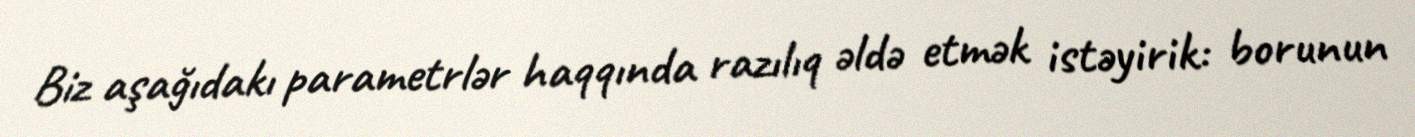
Biz aşağıdakı parametrlər haqqında razılıq əldə etmək istəyirik: borunun